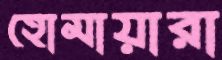
হোমায়ারা